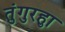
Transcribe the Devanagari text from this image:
तुंगुरहुा